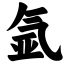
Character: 氩